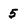
Character: 5